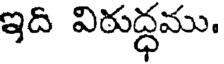
ఇది విరుద్ధము.